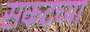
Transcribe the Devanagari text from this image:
सकटच्या